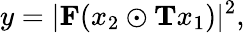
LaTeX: y=|\mathbf{F}(x_{2}\odot\mathbf{T}x_{1})|^{2},